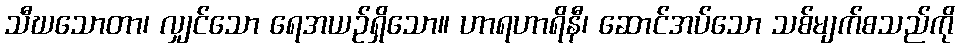
သီဃသောတာ၊ လျှင်သော ရေအယဉ်ရှိသော။ ဟာရဟာရိနီ၊ ဆောင်အပ်သော သစ်မျက်စသည်ကို